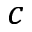
c